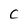
Character: C